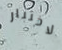
لاختبار